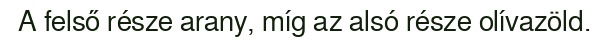
A felső része arany, míg az alsó része olívazöld.